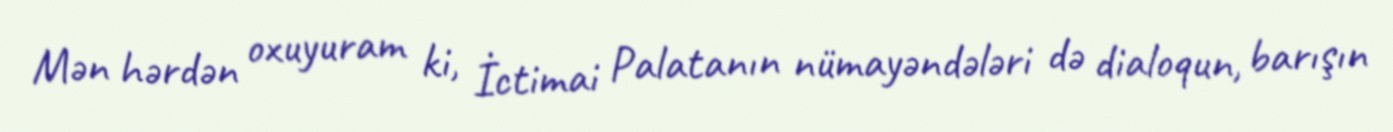
Mən hərdən oxuyuram ki, İctimai Palatanın nümayəndələri də dialoqun, barışın